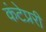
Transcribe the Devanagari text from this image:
कंटेप्ररी